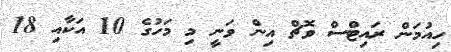
ހިއުމަން ރައިޓްސް ވޮޗް އިން ވަނީ މި މަހުގެ 10 އަކާއި 18